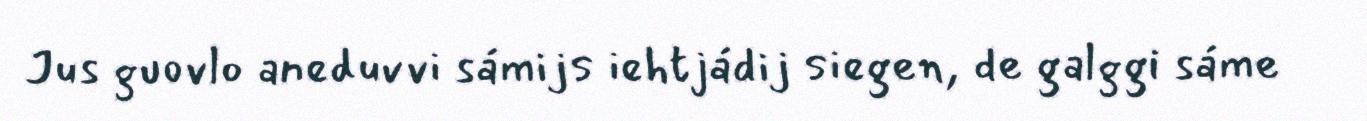
Jus guovlo aneduvvi sámijs iehtjádij siegen, de galggi sáme